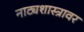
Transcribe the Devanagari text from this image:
नाट्यशास्त्रावर